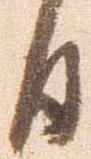
日